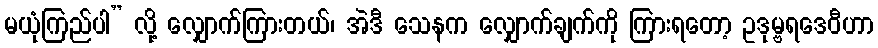
မယုံကြည်ပါ” လို့ လျှောက်ကြားတယ်၊ အဲဒီ သေနက လျှောက်ချက်ကို ကြားရတော့ ဥဒုမ္ဗရဒေဝီဟာ